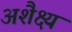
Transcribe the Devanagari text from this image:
अशैक्ष्य